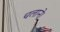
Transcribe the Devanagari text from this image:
चलाने।